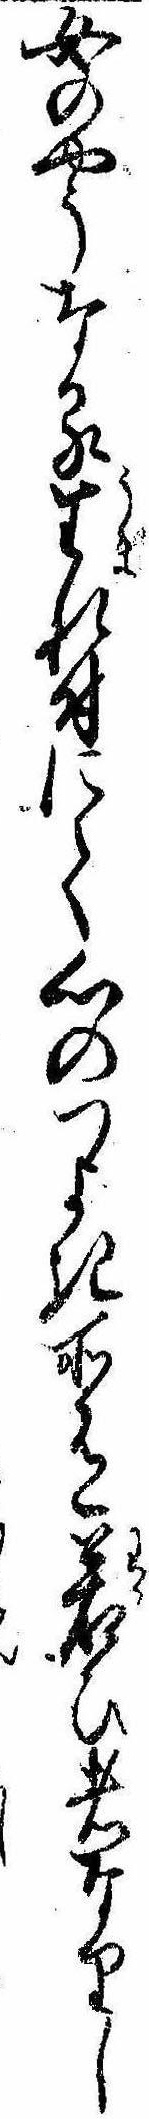
女のやうなる生れ付にて心のつよき所有若ひ者なりし